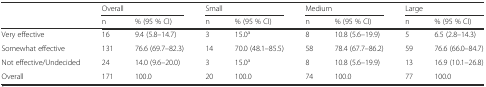
<table><thead><tr><td></td><td colspan="2"><b>Overall</b></td><td colspan="2"><b>Small</b></td><td colspan="2"><b>Medium</b></td><td colspan="2"><b>Large</b></td></tr><tr><td></td><td><b>n</b></td><td><b>% (95 % CI)</b></td><td><b>n</b></td><td><b>% (95 % CI)</b></td><td><b>n</b></td><td><b>% (95 % CI)</b></td><td><b>n</b></td><td><b>% (95 % CI)</b></td></tr></thead><tbody><tr><td>Very effective</td><td>16</td><td>9.4 (5.8–14.7)</td><td>3</td><td>15.0<sup>a</sup></td><td>8</td><td>10.8 (5.6–19.9)</td><td>5</td><td>6.5 (2.8–14.3)</td></tr><tr><td>Somewhat effective</td><td>131</td><td>76.6 (69.7–82.3)</td><td>14</td><td>70.0 (48.1–85.5)</td><td>58</td><td>78.4 (67.7–86.2)</td><td>59</td><td>76.6 (66.0–84.7)</td></tr><tr><td>Not effective/Undecided</td><td>24</td><td>14.0 (9.6–20.0)</td><td>3</td><td>15.0<sup>a</sup></td><td>8</td><td>10.8 (5.6–19.9)</td><td>13</td><td>16.9 (10.1–26.8)</td></tr><tr><td>Overall</td><td>171</td><td>100.0</td><td>20</td><td>100.0</td><td>74</td><td>100.0</td><td>77</td><td>100.0</td></tr></tbody></table>